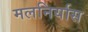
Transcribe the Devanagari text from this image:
मलनिर्यास